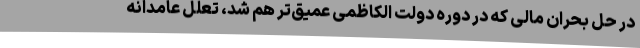
در حل بحران مالی که در دوره دولت الکاظمی عمیق‌تر هم شد، تعلل عامدانه